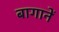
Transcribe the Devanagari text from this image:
बागानें